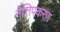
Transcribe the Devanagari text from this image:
नेत्तिपकरण